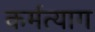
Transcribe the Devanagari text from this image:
कर्मत्याग